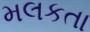
મલકતા